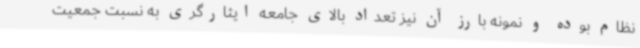
نظام بوده و نمونه بارز آن نیز تعداد بالای جامعه ایثارگری به نسبت جمعیت